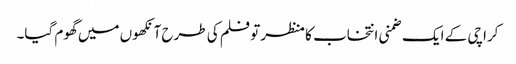
کراچی کے ایک ضمنی انتخاب کا منظر تو فلم کی طرح آنکھوں میں گھوم گیا۔